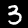
Label: 3